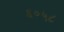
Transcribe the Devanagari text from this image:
६०५८